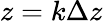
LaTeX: z=k\Delta z